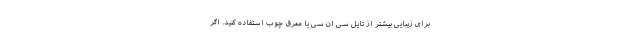
برای زیبایی بیشتر از تایل سی ان سی یا معرق چوب استفاده کنید. اگر